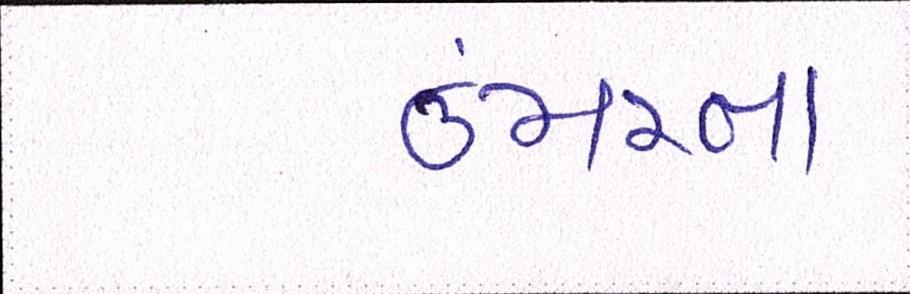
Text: ઉંમરના